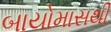
બાયોમાસથી